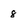
Character: 8